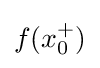
{\textstyle f(x_{0}^{+})}